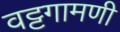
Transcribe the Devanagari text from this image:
वट्टगामणी